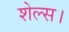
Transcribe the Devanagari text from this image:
शेल्स।